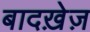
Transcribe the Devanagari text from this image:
बादख़ेज़